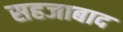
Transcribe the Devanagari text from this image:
सहजाबाद